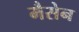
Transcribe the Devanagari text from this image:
मैसेन